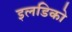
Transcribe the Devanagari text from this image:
इलडिको